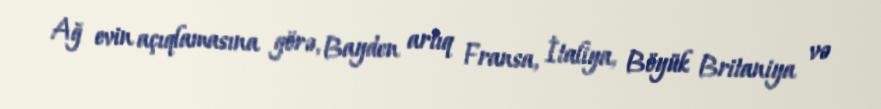
Ağ evin açıqlamasına görə, Bayden artıq Fransa, İtaliya, Böyük Britaniya və